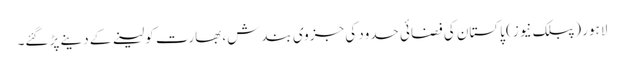
لاہور (پبلک نیوز) پاکستان کی فضائی حدود کی جزوی بندش، بھارت کو لینے کے دینے پڑ گئے۔